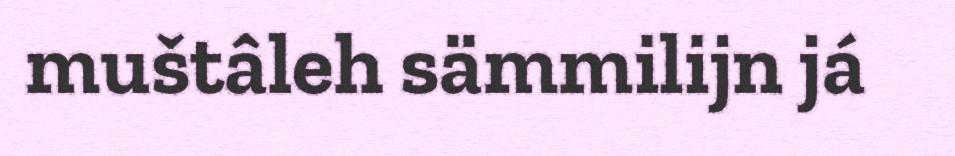
muštâleh sämmilijn já